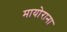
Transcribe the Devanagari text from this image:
मायोराना